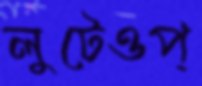
লুটেওপ্